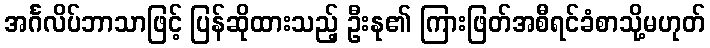
အင်္ဂလိပ်ဘာသာဖြင့် ပြန်ဆိုထားသည့် ဦးနု၏ ကြားဖြတ်အစီရင်ခံစာသို့မဟုတ်